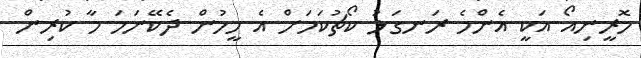
މޮރީނިއޯ އަކީ އެންމެ ރަނގަޅު ކޯޗުކަމަށް އެ މީހުން ދެކޭނަމަ މާ ކުރިން